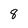
Character: 8